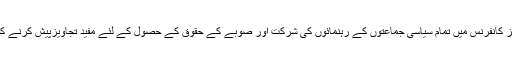
سینئر صوبائی وزیر نے سی پیک کے حوالے سے آل پارٹیز کانفرنس میں تمام سیاسی جماعتوں کے رہنمائوں کی شرکت اور صوبے کے حقوق کے حصول کے لئے مفید تجاویزپیش کرنے کوسراہتے ہوئے شرکاء کانفرنس کا خصوصی شکریہ اداکیا۔